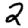
Digit: 2